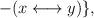
LaTeX: \begin{align*}- (x \longleftrightarrow y) \},\end{align*}